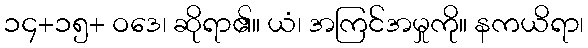
၁၄+၁၅+ ဝဒေ၊ ဆိုရာ၏။ ယံ၊ အကြင်အမှုကို။ နကယိရာ၊